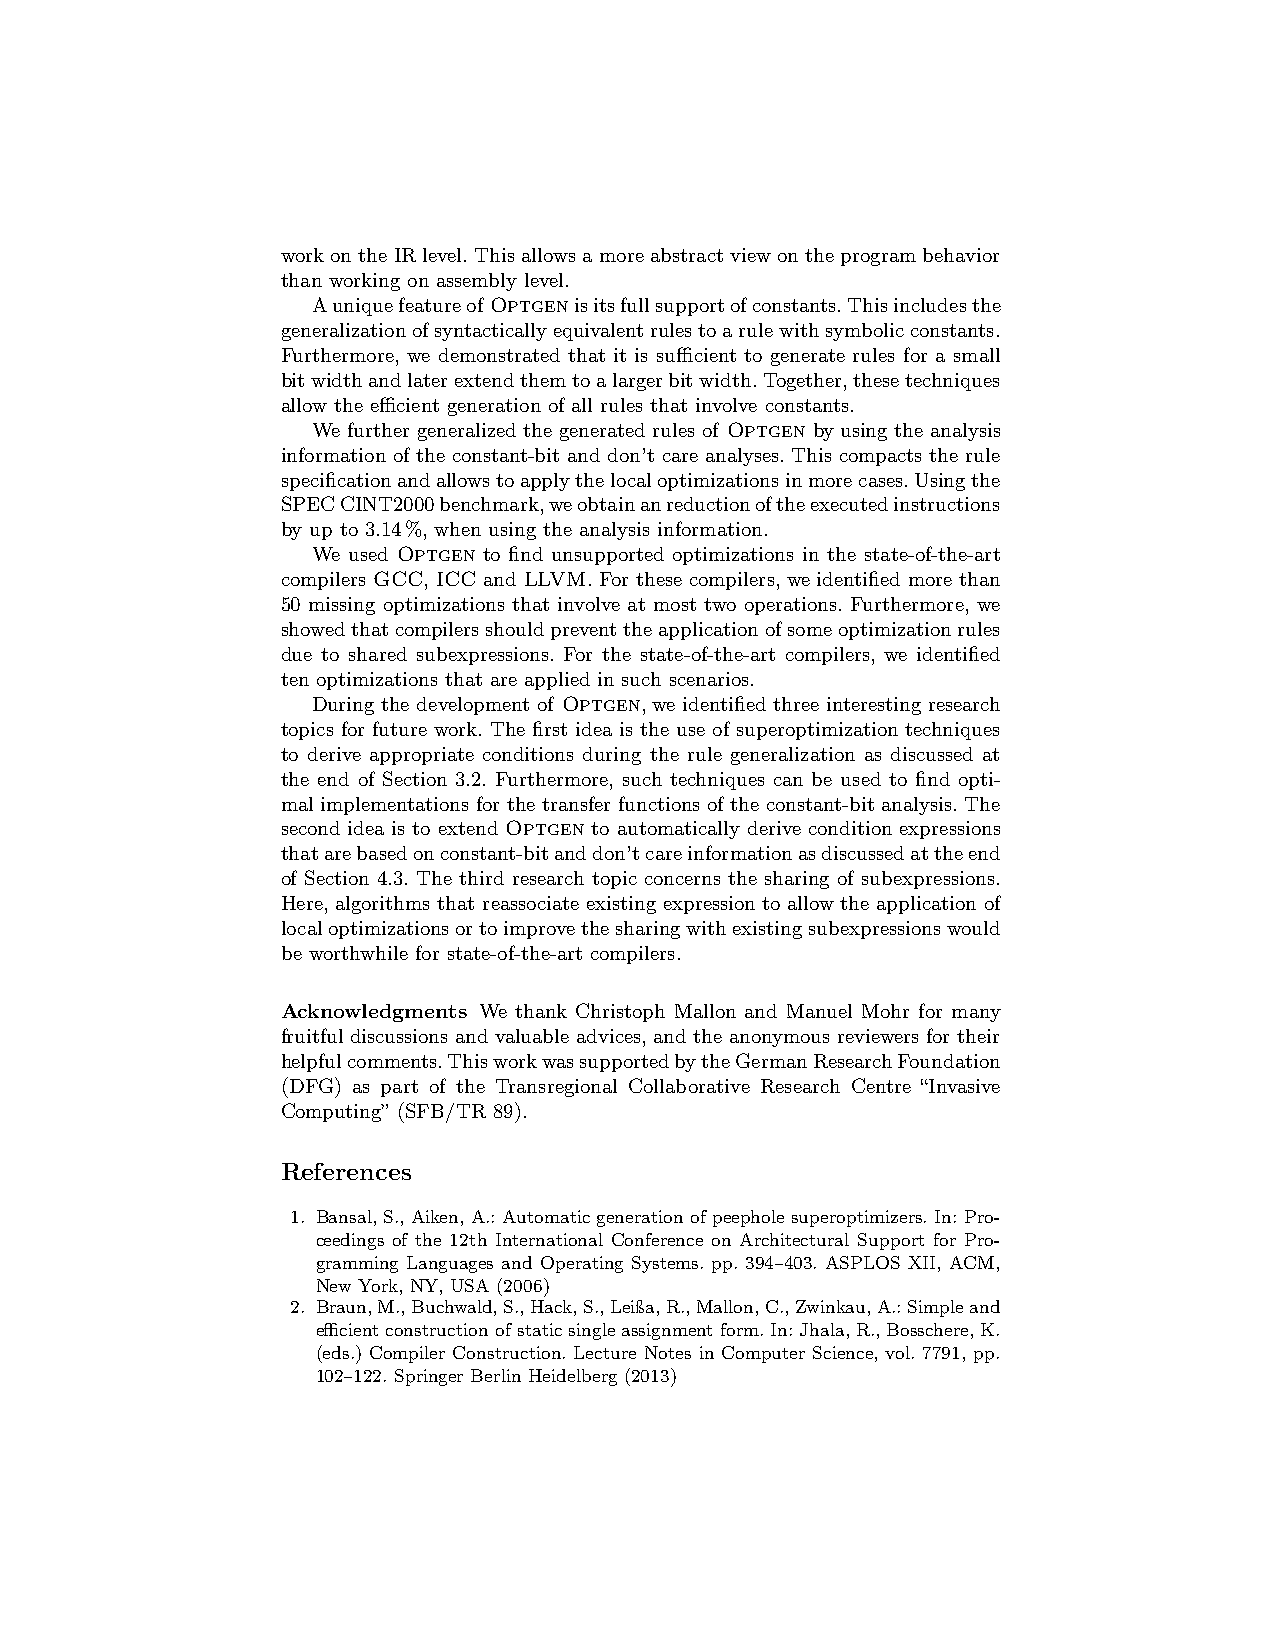
workontheIRlevel.Thisallowsamoreabstractviewontheprogrambehavior
 than working on assembly level.
 Auniquefeatureof Optgenisitsfullsupportofconstants.Thisincludesthe
 generalizationofsyntacticallyequivalentrulestoarulewithsymbolicconstants.
 Furthermore, we demonstrated that it is sufficient to generate rules for a small
 bitwidthandlaterextendthemtoalargerbitwidth.Together,thesetechniques
 allow the efficient generation of all rules that involve constants.
 We further generalized the generated rules of Optgen by using the analysis
 information of the constant-bit and don’t care analyses. This compacts the rule
 specificationandallowstoapplythelocaloptimizationsinmorecases.Usingthe
 SPECCINT2000benchmark,weobtainanreductionoftheexecutedinstructions
 by up to 3.14%, when using the analysis information.
 We used Optgen to find unsupported optimizations in the state-of-the-art
 compilers GCC, ICC and LLVM. For these compilers, we identified more than
 50 missing optimizations that involve at most two operations. Furthermore, we
 showedthatcompilersshouldpreventtheapplicationofsomeoptimizationrules
 due to shared subexpressions. For the state-of-the-art compilers, we identified
 ten optimizations that are applied in such scenarios.
 During the development of Optgen, we identified three interesting research
 topics for future work. The first idea is the use of superoptimization techniques
 to derive appropriate conditions during the rule generalization as discussed at
 the end of Section 3.2. Furthermore, such techniques can be used to find opti-
 mal implementations for the transfer functions of the constant-bit analysis. The
 second idea is to extend Optgen to automatically derive condition expressions
 thatarebasedonconstant-bitanddon’tcareinformationasdiscussedattheend
 of Section 4.3. The third research topic concerns the sharing of subexpressions.
 Here, algorithms that reassociate existing expression to allow the application of
 localoptimizationsortoimprovethesharingwithexistingsubexpressionswould
 be worthwhile for state-of-the-art compilers.
 Acknowledgments We thank Christoph Mallon and Manuel Mohr for many
 fruitful discussions and valuable advices, and the anonymous reviewers for their
 helpfulcomments.ThisworkwassupportedbytheGermanResearchFoundation
 (DFG) as part of the Transregional Collaborative Research Centre “Invasive
 Computing” (SFB/TR 89).
 References
 1. Bansal,S.,Aiken,A.:Automaticgenerationofpeepholesuperoptimizers.In:Pro-
 ceedings of the 12th International Conference on Architectural Support for Pro-
 gramming Languages and Operating Systems. pp. 394–403. ASPLOS XII, ACM,
 New York, NY, USA (2006)
 2. Braun,M.,Buchwald,S.,Hack,S.,Leißa,R.,Mallon,C.,Zwinkau,A.:Simpleand
 efficientconstructionofstaticsingleassignmentform.In:Jhala,R.,Bosschere,K.
 (eds.) Compiler Construction. Lecture Notes in Computer Science, vol. 7791, pp.
 102–122. Springer Berlin Heidelberg (2013)